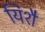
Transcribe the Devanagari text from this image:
यिशै